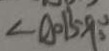
\angle A O B = 9 0 ^ { \circ }